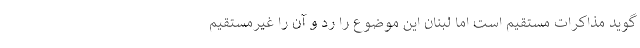
گوید مذاکرات مستقیم است اما لبنان این موضوع را رد و آن را غیرمستقیم